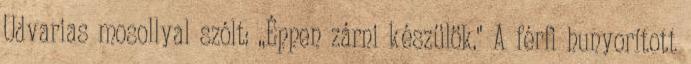
Udvarias mosollyal szólt: ,,Éppen zárni készülök." A férfi hunyorított